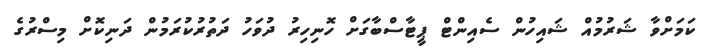
ކަމަށްވާ ޝަރުމުއް ޝައިހުން ސެއިންޓް ޕީޓާސްބާގަށް ހޮނިހިރު ދުވަހު ދަތުރުކުރަމުން ދަނިކޮށް މިސްރުގެ